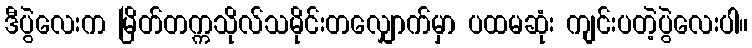
ဒီပွဲလေးက မြိတ်တက္ကသိုလ်သမိုင်းတလျှောက်မှာ ပထမဆုံး ကျင်းပတဲ့ပွဲလေးပါ။